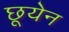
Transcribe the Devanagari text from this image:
छूयेन